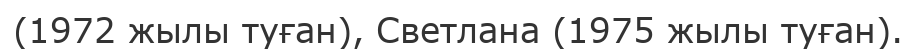
(1972 жылы туған), Светлана (1975 жылы туған).